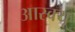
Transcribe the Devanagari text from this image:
आस्क्यू